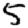
Digit: 5